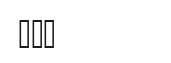
١٥٨